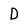
Character: D